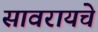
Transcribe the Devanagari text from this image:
सावरायचे